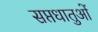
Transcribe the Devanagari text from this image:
सप्तधातुओं